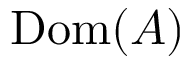
\operatorname { D o m } ( A )